Report on lock hospitals in British Burma
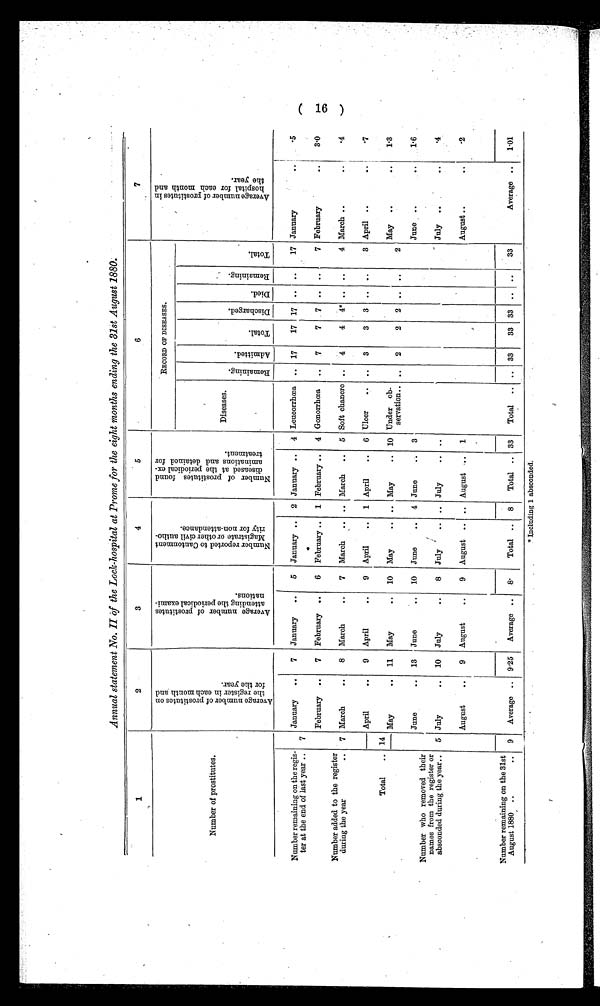
Annual statement No. II of the Lock-hospital at Prome for the eight months ending the 31st August 1880.
1
2
3
4
5
6
7
Number of prostitutes.
A v e r a g e n u m b e r o f p r o s t i t u t e s o n t h e r e g i s t e r i n e a c h m o n t h a n d f o r t h e y e a r .
A v e r a g e n u m b e r o f p r o s t i t u t e s a t t e n d i n g t h e p e r i o d i c a l e x a m i n a t i o n s . N u m b e r r e p o r t e d t o C a n t o n m e n t M a g i s t r a t e o r o t h e r c i v i l a u t h - r i t y f o r n o n - a t t e n d a n c e .
N u m b e r o f p r o s t i t u t e s f o u n d d i s e a s e d a t t h e p e r i o d i c a l e x a m i n a t i o n s a n d d e t a i n e d f o r t r e a t m e n t .
RECORD OF DI SEASES.
A v e r a g e n u m b e r o f p r o s t i t u t e s i n h o s p i t a l f o r e a c h m o n t h a n d t h e y e a r .
Diseases.
Remai ni ng.
Admitted.
T o t a l .
Di s c h a r g e d .
D i e d .
Re ma i n i n g .
T o t a l .
Number remaining on the regis-
ter at the end of last year ..
7
January
7 January
..
5
January ..
2 January ..
4 Leucorrhcea ..
17
17 17 ..
..
17 January
.5
February
..
7 February ..
6 February ..
1 February ..
4 Gonorrhoea ..
7
7
7 ..
7 February
..
3.0
Number added to the register
during the year
..
7 March
..
8 March
..
7 March .. ..
March
..
5 Soft chancre ..
4
4 4
..
..
4 March ..
..
.4
Total
..
April
..
9 April
..
9 April
..
1 April
..
6 Ulcer
3 3
3
..
..
3 April ..
..
.7
14
May
..
11 May
..
10 May
.. ..
May
..
10 Under ob-
servation.. ..
2
2
2
..
..
2
May
..
..
1.3
Number who removed their
names from the register or
absconded during the year, .
June
..
13
June
..
10 June
..
4 June
3
-
June
1.6
5 July
..
10 July
..
8 July
..
July
.. ..
July
..
..
.4
August
..
9 August
..
9 August .. .. August ..
1
August ..
..
. .
Number remaining on the 31st
August 1880 ..
..
9
Average ..
9.25
Average ..
8.
Total ..
8
Total .. 33
Total
.. ..
33
33 33
..
..
33
Average
..
1.01
(16)